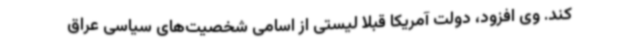
کند. وی افزود، دولت آمریکا قبلا لیستی از اسامی شخصیت‌های سیاسی عراق